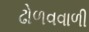
ઢોળવવાળી